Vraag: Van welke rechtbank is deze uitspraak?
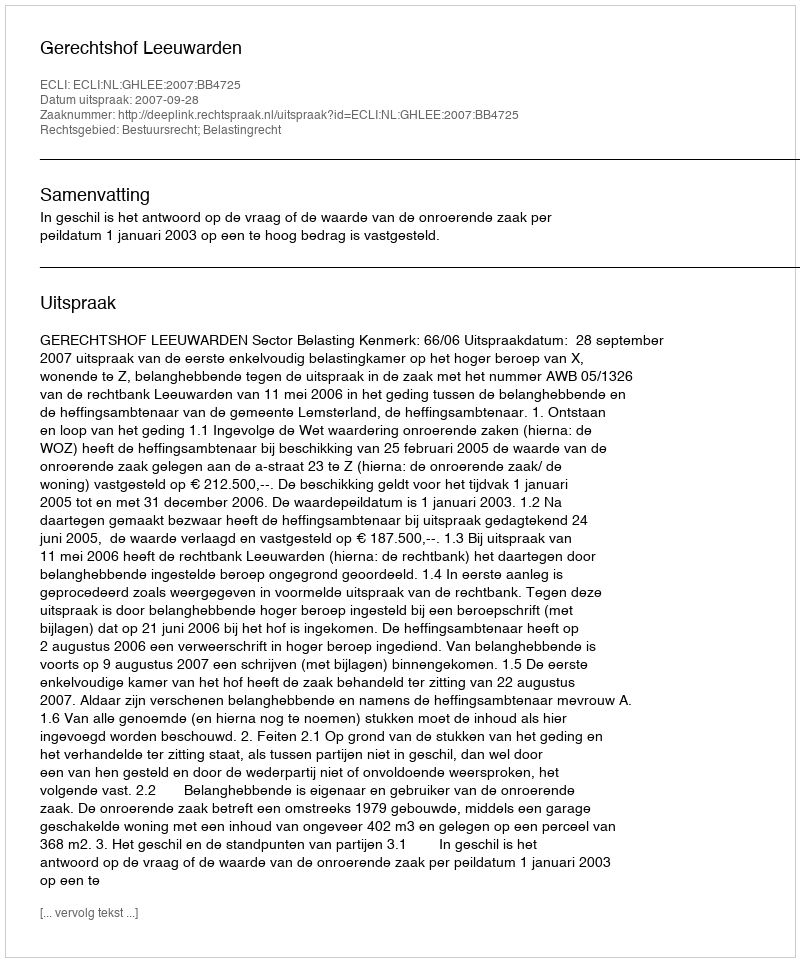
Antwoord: Gerechtshof Leeuwarden